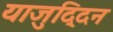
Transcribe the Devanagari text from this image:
याजुद्दिन